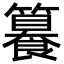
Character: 籑